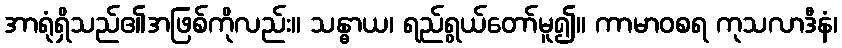
အာရုံရှိသည်၏အဖြစ်ကိုလည်း။ သန္ဓာယ၊ ရည်ရွယ်တော်မူ၍။ ကာမာဝစရ ကုသလာဒီနံ၊